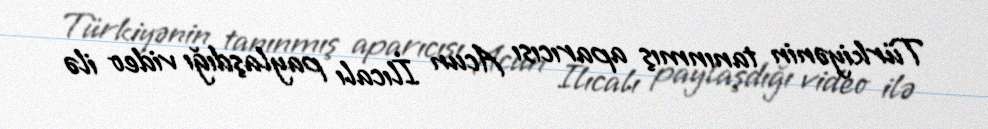
Türkiyənin tanınmış aparıcısı Acun İlıcalı paylaşdığı video ilə